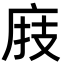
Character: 庪